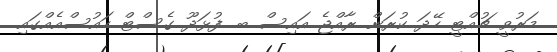
މަރުވީ ޗުއްޓީ ހޭދަ ކުރަން ރާއްޖެ އައިސް ބ. ފުޅަދޫ ގެސްޓް ހައުސްއެއްގައި